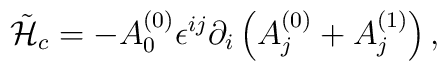
\tilde{\cal H}_c =  - A_0^{(0)}\epsilon^{ij}\partial_i                \left(A_j^{(0)} + A_j^{(1)}\right),